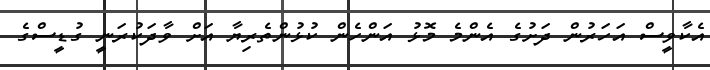
އެކާވީސް އަހަރުން ދަށުގެ އެންމެ މޮޅު އަންހެން ކުޅުންތެރިޔާ އަށް ވާދަކުރަނީ ގުޑީސްގެ